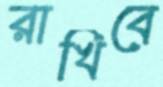
রাখিবে